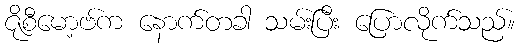
ဇိုစီမော့ဗ်က နောက်တခါ သမ်းပြီး ပြောလိုက်သည်။